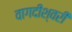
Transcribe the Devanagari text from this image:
वागदीश्वरी